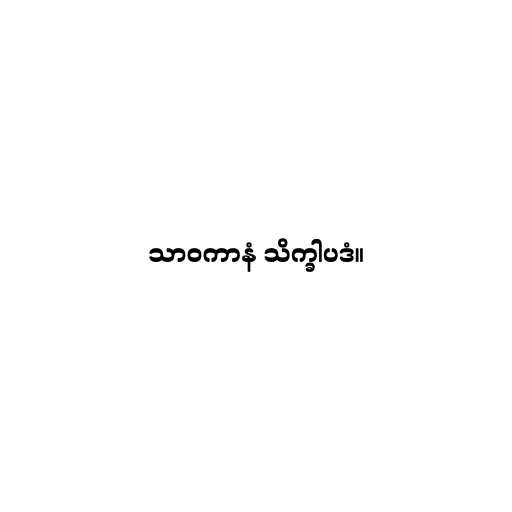
သာဝကာနံ သိက္ခါပဒံ။